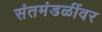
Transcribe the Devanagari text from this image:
संतमंडळींवर